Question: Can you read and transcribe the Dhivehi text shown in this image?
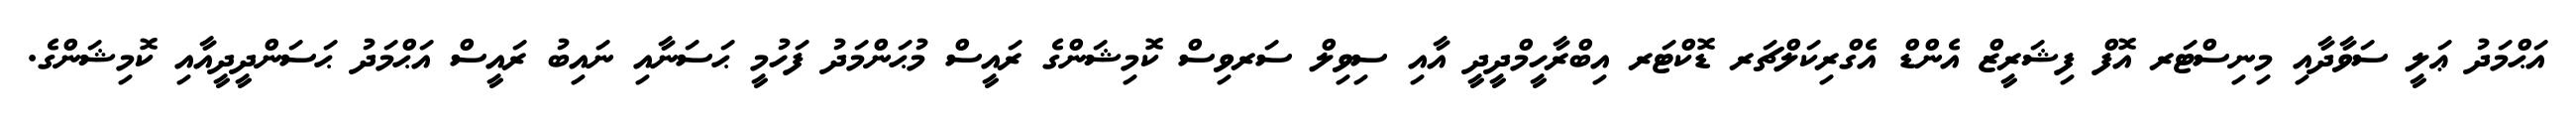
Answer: އަޙްމަދު ޢަލީ ސަވާދާއި މިނިސްޓަރ އޮފް ފިޝަރީޒް އެންޑް އެގްރިކަލްޗަރ ޑޮކްޓަރ އިބްރާހީމްދީދީ އާއި ސިވިލް ސަރވިސް ކޮމިޝަންގެ ރައީސް މުޙަންމަދު ފަހުމީ ޙަސަނާއި ނައިބު ރައީސް އަޙްމަދު ޙަސަންދީދީއާއި ކޮމިޝަންގެ.